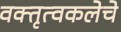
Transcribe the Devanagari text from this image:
वक्तृत्वकलेचे